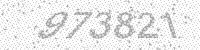
Solution: 973821